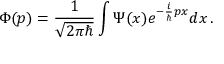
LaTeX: \Phi ( p ) = { \frac { 1 } { \sqrt { 2 \pi \hbar } } } \int \Psi ( x ) e ^ { - { \frac { i } { \hbar } } p x } d x \, .